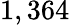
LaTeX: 1,364